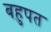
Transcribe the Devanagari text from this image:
बहुपत